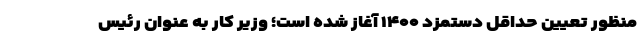
منظور تعیین حداقل دستمزد ۱۴۰۰ آغاز شده است؛ وزیر کار به عنوان رئیس